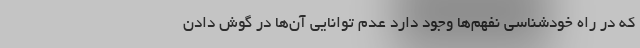
که در راه خودشناسی نفهم‌ها وجود دارد عدم توانایی آن‌ها در گوش دادن